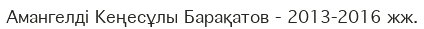
Амангелді Кеңесұлы Барақатов - 2013-2016 жж.